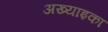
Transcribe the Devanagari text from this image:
अख्याइका